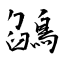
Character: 鵮